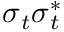
\boldsymbol { \sigma } _ { t } \boldsymbol { \sigma } _ { t } ^ { * }